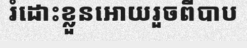
រំដោះខ្លួនអោយរួចពីបាប